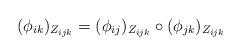
LaTeX: \begin{align*}(\phi_{ik})_{Z_{ijk}} = (\phi_{ij})_{Z_{ijk}} \circ (\phi_{jk})_{Z_{ijk}}\end{align*}